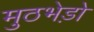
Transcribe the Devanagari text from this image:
मुठभेड़ो